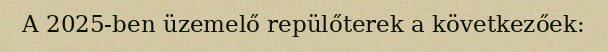
A 2025-ben üzemelő repülőterek a következőek: